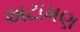
અટામણ